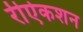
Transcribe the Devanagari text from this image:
रीऐकशन